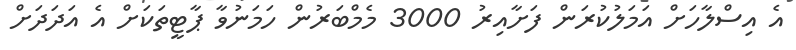
އެ އިސްލާހަށް އަމަލުކުރަން ފަށާއިރު 3000 މެމްބަރުން ހަމަނުވާ ޕާޓީތަކަށް އެ އަދަދަށް